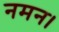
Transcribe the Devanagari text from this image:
नमन।